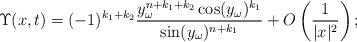
LaTeX: \begin{align*}\Upsilon(x,t)= (-1)^{k_1+k_2} \frac{ y_\omega^{n+k_1+k_2}\cos(y_\omega)^{k_1}}{\sin (y_\omega)^{n+k_1}} +O\left(\frac{1}{|x|^2}\right);\end{align*}